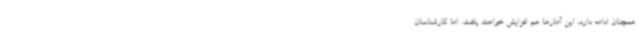
همچنان ادامه دارد، این آمارها هم افزایش خواهند یافت. اما کارشناسان